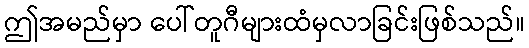
ဤအမည်မှာ ပေါ်တူဂီများထံမှလာခြင်းဖြစ်သည်။